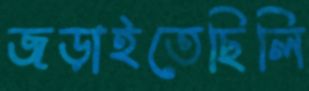
জড়াইতেছিলি